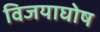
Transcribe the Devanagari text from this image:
विजयाघोष